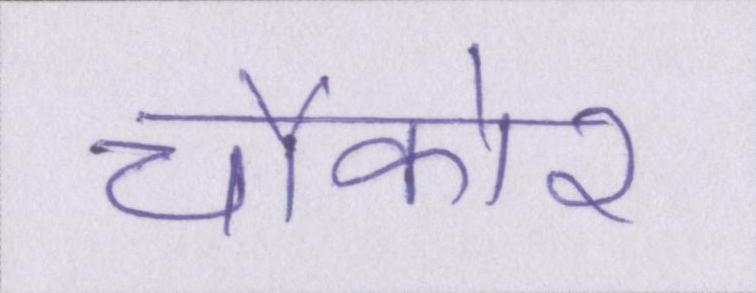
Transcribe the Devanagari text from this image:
चौकोर